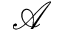
\mathcal { A }